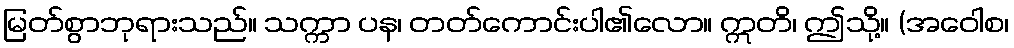
မြတ်စွာဘုရားသည်။ သက္ကာ ပန၊ တတ်ကောင်းပါ၏လော။ ဣတိ၊ ဤသို့။ (အဝေါစ၊